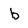
Character: b